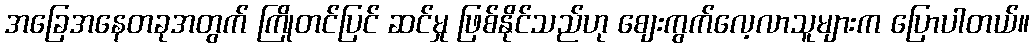
အခြေအနေတခုအတွက် ကြိုတင်ပြင် ဆင်မှု ဖြစ်နိုင်သည်ဟု စျေးကွက်လေ့လာသူများက ပြောပါတယ်။